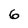
Character: 6